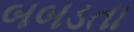
બબડતા